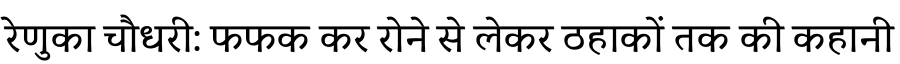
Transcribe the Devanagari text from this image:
रेणुका चौधरी: फफक कर रोने से लेकर ठहाकों तक की कहानी